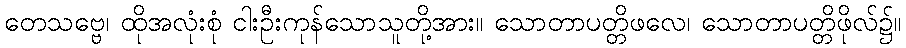
တေသဗ္ဗေ၊ ထိုအလုံးစုံ ငါးဦးကုန်သောသူတို့အား။ သောတာပတ္တိဖလေ၊ သောတာပတ္တိဖိုလ်၌။